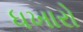
ધખારો